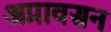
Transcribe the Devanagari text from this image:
अप्रावसन